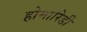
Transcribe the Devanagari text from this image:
होमारिडी